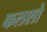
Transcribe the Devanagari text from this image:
कलशो